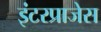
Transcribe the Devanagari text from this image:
इंटरप्राजेस